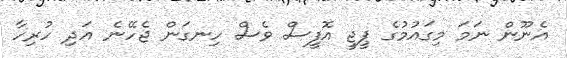
އެނޫން ނަމަ މިގައުމުގެ ޕީޖީ އޮފީސް ވެސް ހިނގަން ޖެހޭނެ އަދި ހުރިހާ